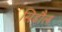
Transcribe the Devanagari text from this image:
सिडौल